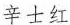
辛士红